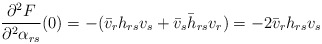
\begin{align*} \frac{\partial^2F}{\partial^2\alpha_{rs}}(0) = - (\bar v_r h_{rs}v_s + \bar v_s \bar h_{rs}v_r)=-2\bar v_r h_{rs}v_s\end{align*}